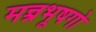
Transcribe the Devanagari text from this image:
मन्त्रभूषगो